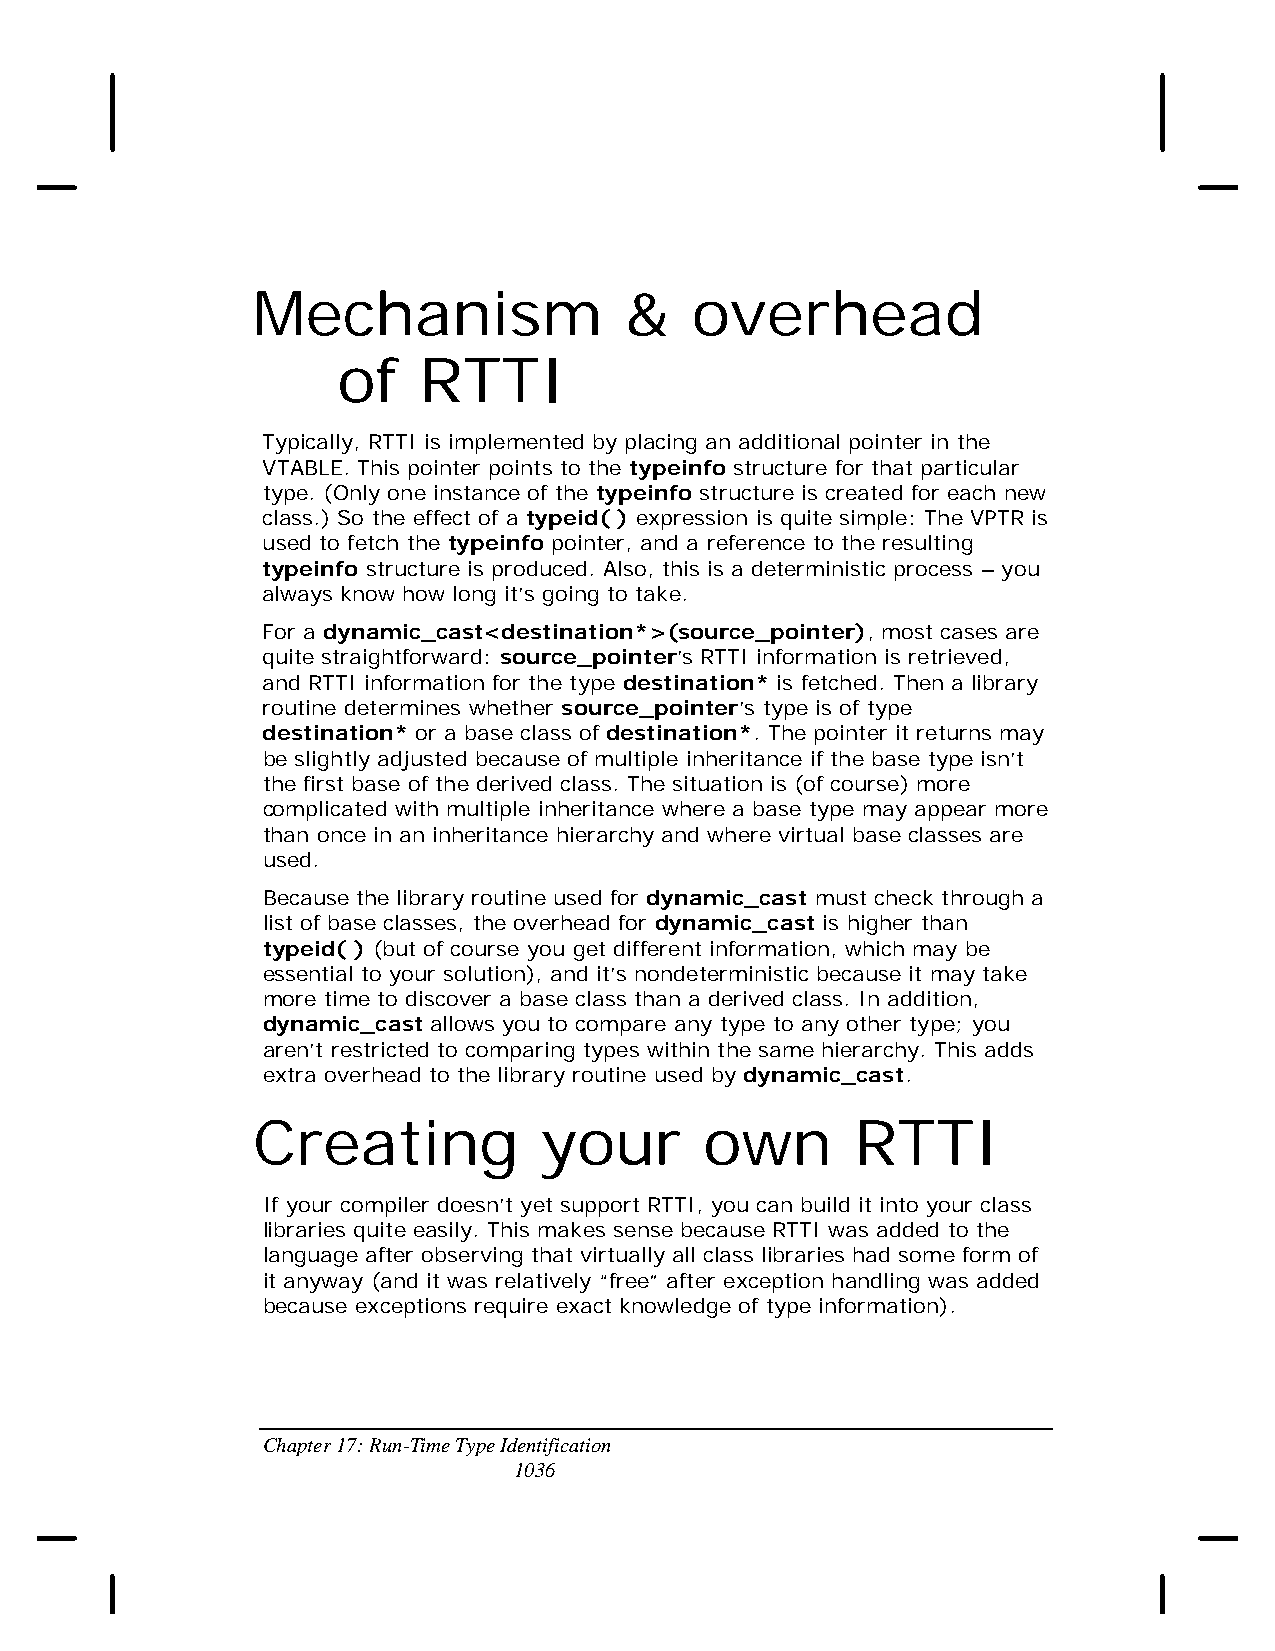
Mechanism               &    overhead
 of    RTTI
 Typically, RTTI is implemented by placing an additional pointer in the
 VTABLE. This pointer points to the typeinfo structure for that particular
 type. (Only one instance of the typeinfo structure is created for each new
 class.) So the effect of a typeid( ) expression is quite simple: The VPTR is
 used to fetch the typeinfo pointer, and a reference to the resulting
 typeinfo structure is produced. Also, this is a deterministic process – you
 always know how long it’s going to take.
 For a dynamic_cast<destination*>(source_pointer), most cases are
 quite straightforward: source_pointer’s RTTI information is retrieved,
 and RTTI information for the type destination* is fetched. Then a library
 routine determines whether source_pointer’s type is of type
 destination* or a base class of destination*. The pointer it returns may
 be slightly adjusted because of multiple inheritance if the base type isn’t
 the first base of the derived class. The situation is (of course) more
 complicated with multiple inheritance where a base type may appear more
 than once in an inheritance hierarchy and where virtual base classes are
 used.
 Because the library routine used for dynamic_cast must check through a
 list of base classes, the overhead for dynamic_cast is higher than
 typeid( ) (but of course you get different information, which may be
 essential to your solution), and it’s nondeterministic because it may take
 more time to discover a base class than a derived class. In addition,
 dynamic_cast allows you to compare any type to any other type; you
 aren’t restricted to comparing types within the same hierarchy. This adds
 extra overhead to the library routine used by dynamic_cast.
 Creating           your       own       RTTI
 If your compiler doesn’t yet support RTTI, you can build it into your class
 libraries quite easily. This makes sense because RTTI was added to the
 language after observing that virtually all class libraries had some form of
 it anyway (and it was relatively “free” after exception handling was added
 because exceptions require exact knowledge of type information).
 Chapter 17: Run-Time Type Identification
 1036